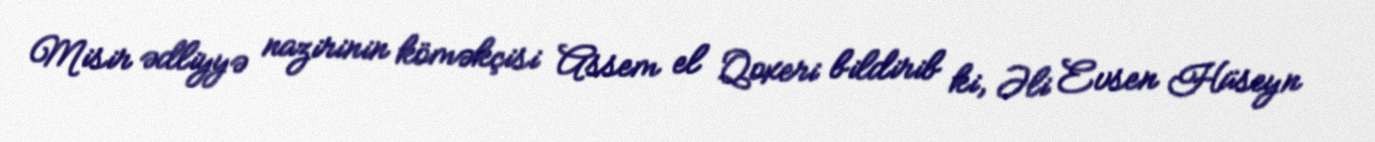
Misir ədliyyə nazirinin köməkçisi Assem el Qoxeri bildirib ki, Əli Evsen Hüseyn